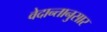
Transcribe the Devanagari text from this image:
वेदान्तानुसार